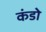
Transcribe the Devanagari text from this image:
कंडो